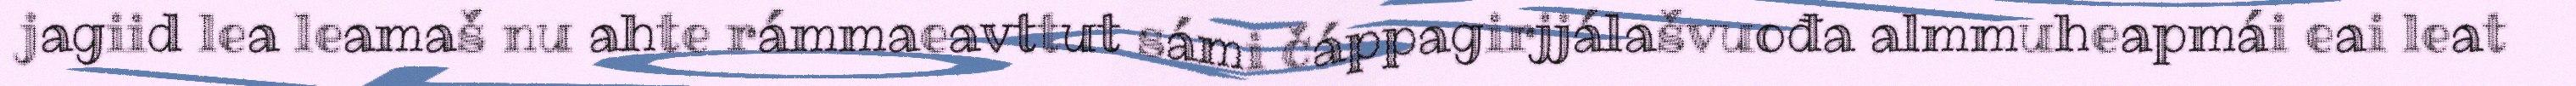
jagiid lea leamaš nu ahte rámmaeavttut sámi čáppagirjjálašvuođa almmuheapmái eai leat